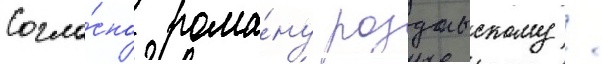
Согла́сно рома́ну роздольскому /